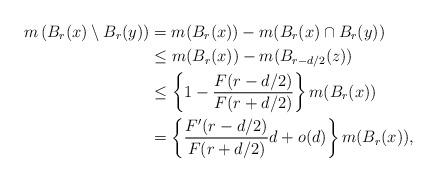
LaTeX: \begin{align*} m\left(B_r(x)\setminus B_r(y)\right)&=m(B_r(x))-m(B_r(x)\cap B_r(y))\\ &\leq m(B_r(x))-m(B_{r-d/2}(z))\\ &\leq\left\{1-\frac{F(r-d/2)}{F(r+d/2)}\right\}m(B_r(x))\\ &=\left\{\frac{F'(r-d/2)}{F(r+d/2)}d+o(d)\right\}m(B_r(x)) , \end{align*}